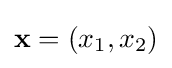
\mathbf {x} =(x_{1},x_{2})